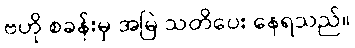
ဗဟို စခန်းမှ အမြဲ သတိပေး နေရသည်။